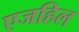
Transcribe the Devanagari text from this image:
एजहिल